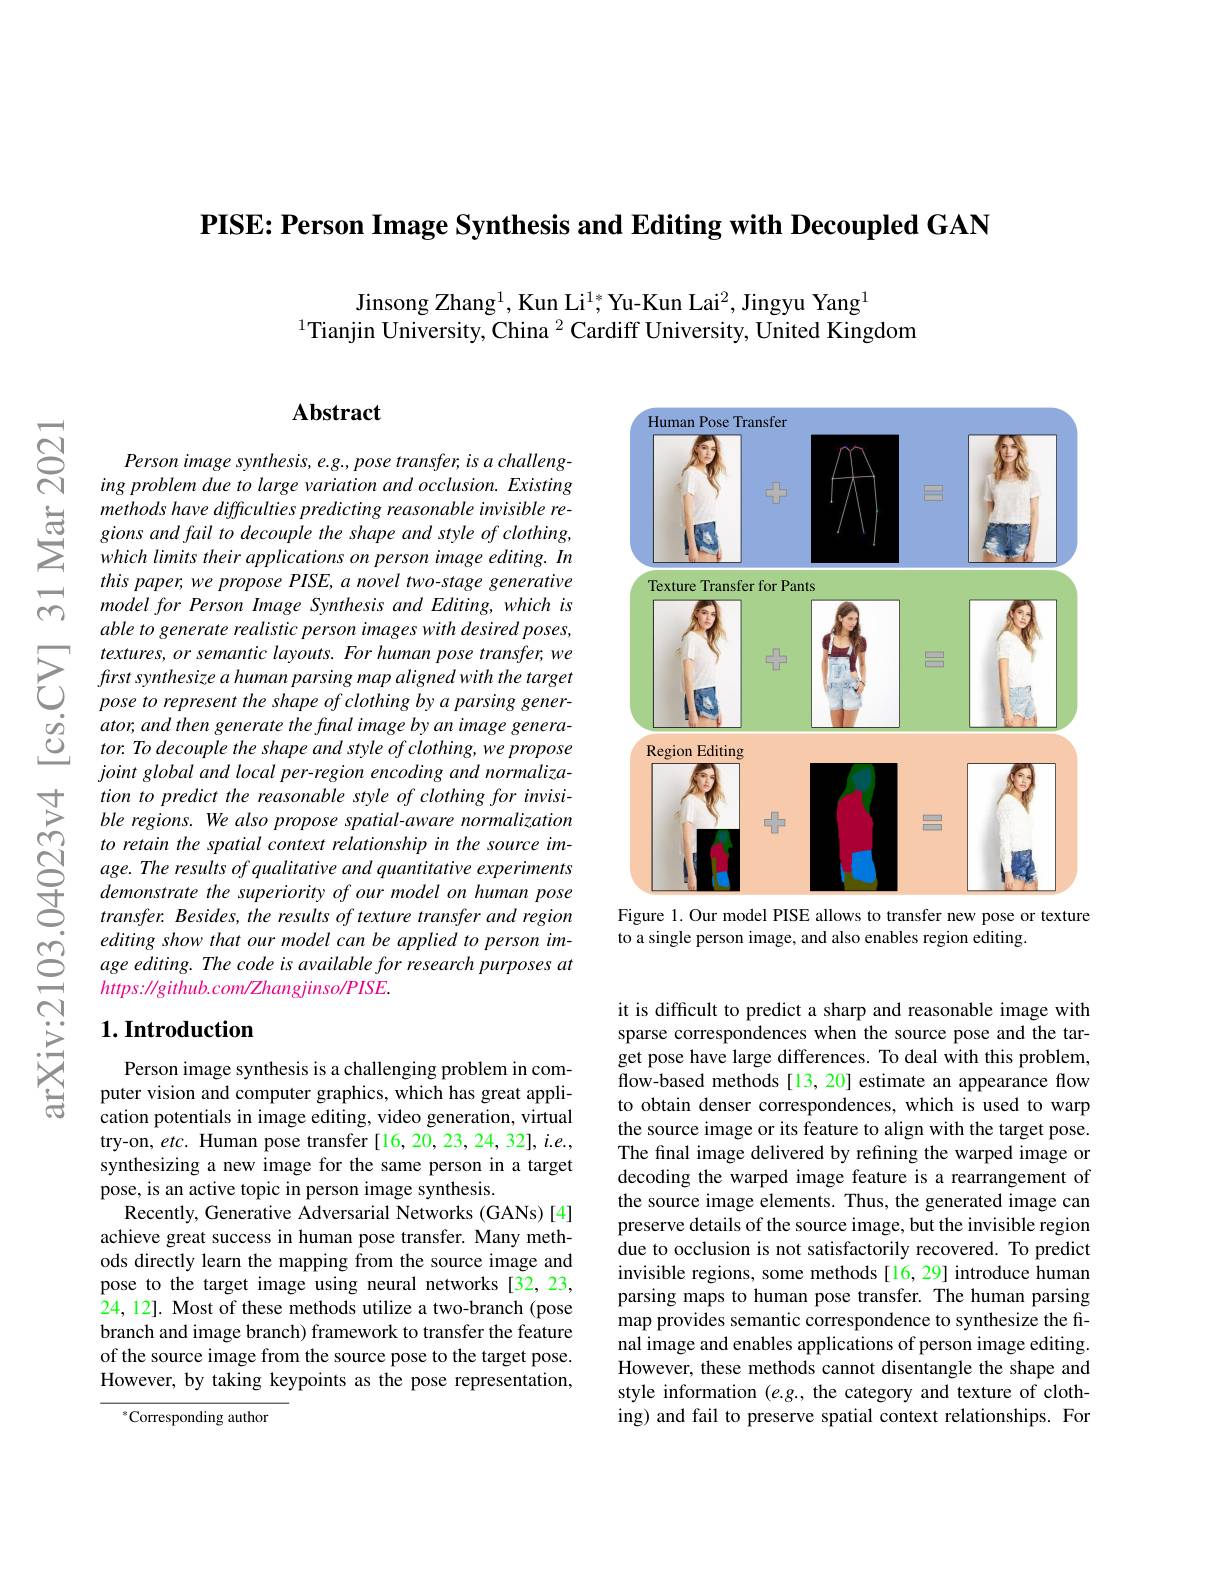
PISE: Person Image Synthesis and Editing with Decoupled GAN

Jinsong Zhang$^1$,Kun Li$^1;\text{Yu-Kun Lai}^2$, Jingyu Yang$^1$
$^{1}$Tianjin University, China $^2$ Cardiff University, United Kingdom

### $\mathbf{Abstract}$

Person image synthesis, e.g., pose transfer, is a challenging problem due to large variation and occlusion. Existing methods have difficulties predicting reasonable invisible regions and fail to decouple the shape and style of clothing, which limits their applications on person image editing. In this paper, we propose PISE, a novel two-stage generative model for Person Image Synthesis and Editing, which is able to generate realistic person images with desired poses, textures, or semantic layouts. For human pose transfer, we frst synthesize a human parsing map aligned with the target pose to represent the shape of clothing by a parsing generator, and then generate the final image by an image generator. To decouple the shape and style of clothing, we propose $jointglobalandlocalper-regionencodingandnormaliza-$ tion to predict the reasonable style of clothing for invisible regions. We also propose spatial-aware normalization to retain the spatial context relationship in the source image. The results of qualitative and quantitative experiments demonstrate the superiority of our model on human pose transfer. Besides, the results of texture transfer and region $editingshowthatourmodelcanbeappliedtopersonim-$ age editing. The code is available for research purposes at $https://github.com/\mathbb{Z}hangjinso/PISE.$

### $1. \textbf{Introduction}$

Person image synthesis is a challenging problem in computer vision and computer graphics, which has great application potentials in image editing, video generation, virtual try-on, etc. Human pose transfer [16,20,23,24,32], i.e., synthesizing a new image for the same person in a target pose, is an active topic in person image synthesis.
Recently, Generative Adversarial Networks (GANs)[4] achieve great success in human pose transfer. Many methods directly learn the mapping from the source image and pose to the target image using neural networks [32,23, 24, 12]. Most of these methods utilize a two-branch (pose branch and image branch) framework to transfer the feature of the source image from the source pose to the target pose. However, by taking keypoints as the pose representation,

$^{*}$Corresponding author

<FigureHere>
Figure 1. Our model PISE allows to transfer new pose or texture

to a single person image, and also enables region editing.

it is difficult to predict a sharp and reasonable image with sparse correspondences when the source pose and the target pose have large differences. To deal with this problem, flow-based methods [13,20] estimate an appearance flow to obtain denser correspondences, which is used to warp the source image or its feature to align with the target pose. The final image delivered by refining the warped image or decoding the warped image feature is a rearrangement of the source image elements. Thus, the generated image can preserve details of the source image, but the invisible region due to occlusion is not satisfactorily recovered. To predict invisible regions, some methods[16,29] introduce human parsing maps to human pose transfer. The human parsing map provides semantic correspondence to synthesize the final image and enables applications of person image editing. However, these methods cannot disentangle the shape and style information $(e.g.$, the category and texture of clothing) and fail to preserve spatial context relationships. For